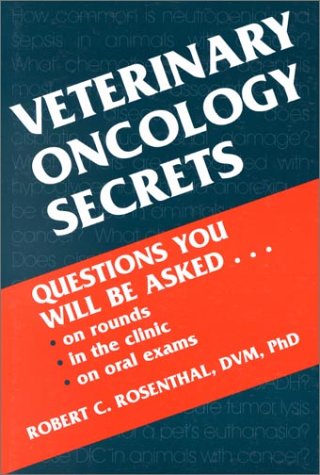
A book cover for Veterinary Oncology Secrets, 1e; Robert C. Rosenthal DVM  PhD  Dipl ACVIM  Dipl ACVR; Medical Books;